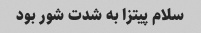
سلام پیتزا به شدت شور بود